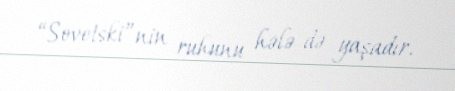
“Sovetski”nin ruhunu hələ də yaşadır.